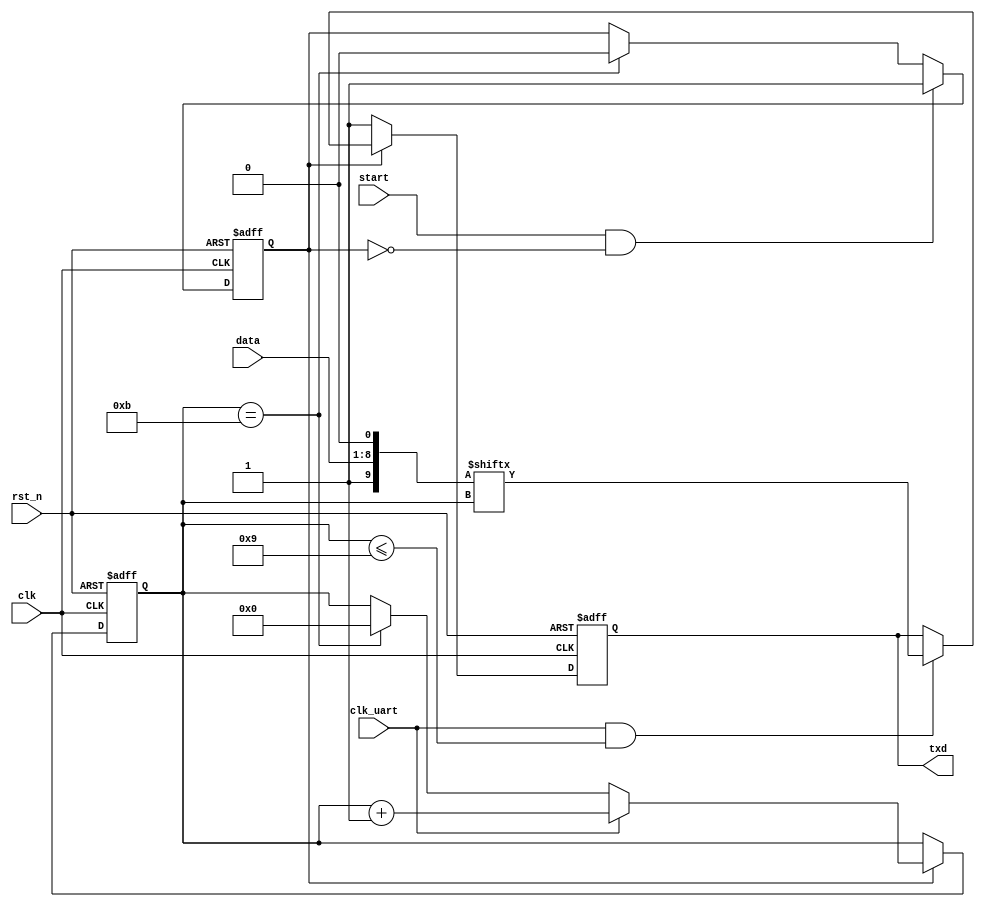
// -----------------------------Details----------------------------------- // 
// Version     : 1.0
// Description : transfor data
// -----------------------------History----------------------------------- //
// Date      BY          Version  Change Description
//
// 20201210  flyjancy   1.0      Initial Release. 
// ----------------------------------------------------------------------- // 

module uart_tx (
    input           clk,        // fpga clock
    input           clk_uart,   // UART clock
    input           rst_n,      // reset
    input           start,      // start trans
    input  [7 : 0]  data,       // data for trans
    output reg      txd         // tx data
);

reg  [3 : 0] cnt;
wire [3 : 0] cnt_nxt = cnt + 1'b1;
wire finish; // trans stop
reg  en; // enable

// once start, en = 1 until finish
always @ (posedge clk or negedge rst_n) begin
    if (~rst_n) en <= 1'b0;
    else if (start & ~en) en <= 1'b1;
    else if (finish) en <= 1'b0;
end

always @ (posedge clk or negedge rst_n) begin
    if (~rst_n) cnt <= 4'b0;
    else if (en) begin
        if (clk_uart) cnt <= cnt_nxt;
        else if (finish) cnt <= 4'b0;
    end
end

wire [9 : 0] data_comb; // combined data
assign data_comb = {1'b1, data, 1'b0}; // {stop_bit, data, start_bit}

always @ (posedge clk or negedge rst_n) begin
    if (~rst_n) txd <= 1'b1;
    else if (en) begin
        if (clk_uart && (cnt <= 4'h9)) txd <= data_comb[cnt];
    end
    else txd <= 1'b1;
end

assign finish = cnt == 4'hb;

endmodule